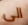
الى